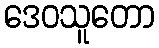
ဒေဝသူတော